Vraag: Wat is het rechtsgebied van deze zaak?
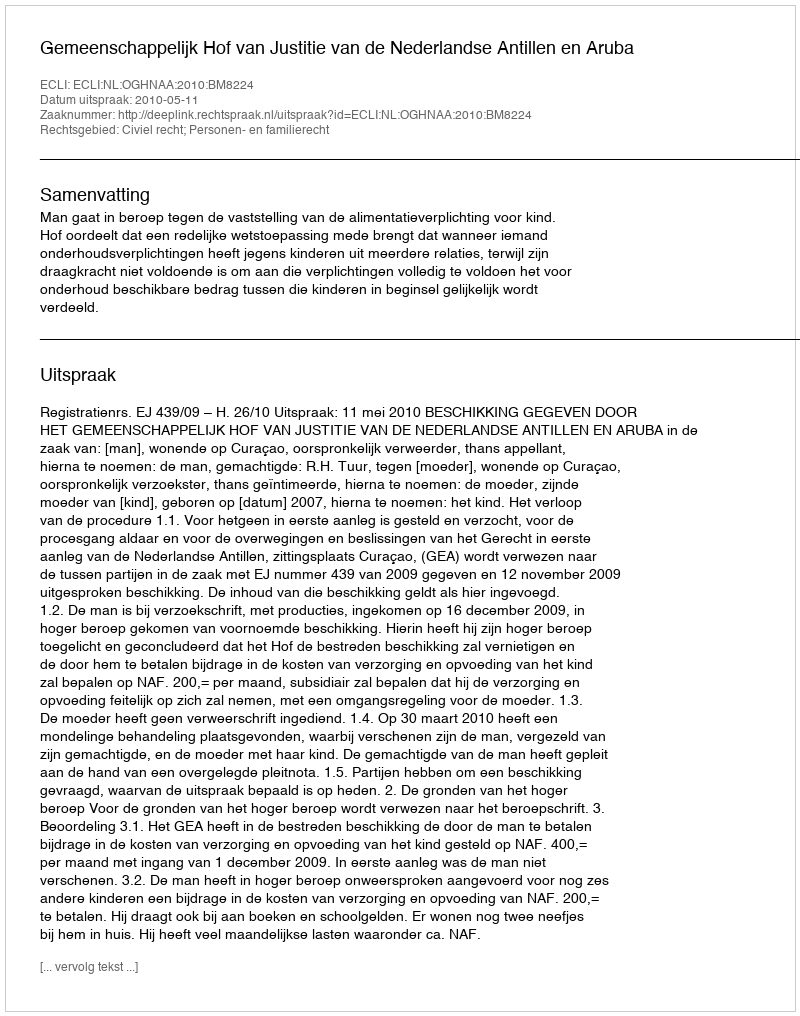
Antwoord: Civiel recht; Personen- en familierecht